Indian journal of veterinary science and animal husbandry - Volume 14,
Year: 1944
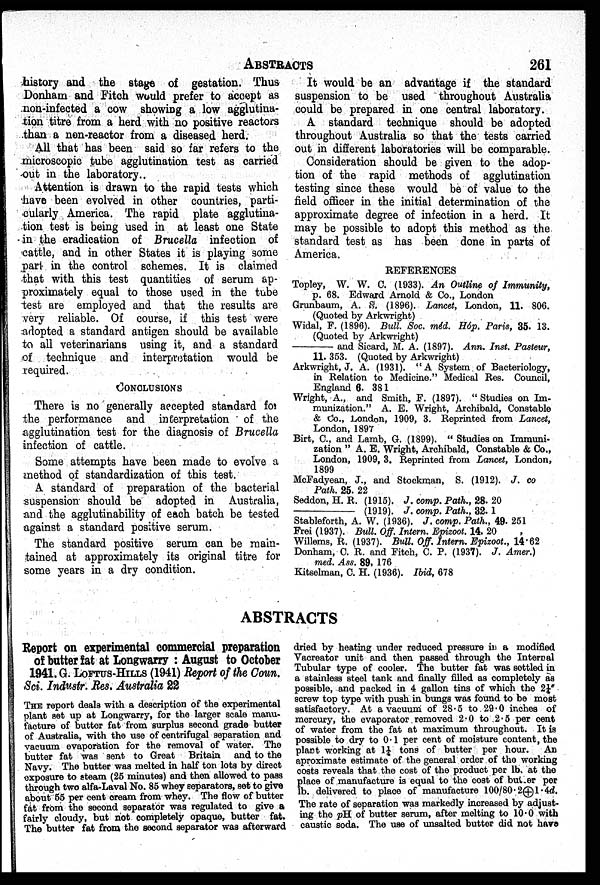
ABSTRACTS
261
history and the stage of gestation. Thus
Donham and Fitch would prefer to accept as
non-infected a cow showing a low agglutina-
tion titre from a herd with no positive reactors
than a non-reactor from a diseased herd.
All that has been said so far refers to the
microscopic tube agglutination test as carried
out in the laboratory.
Attention is drawn to the rapid tests which
have been evolved in other countries, parti-
cularly America. The rapid plate agglutina-
tion test is being used in at least one State
in the eradication of Brucella infection of
cattle, and in other States it is playing some
part in the control schemes. It is claimed
that with this test quantities of serum ap-
proximately equal to those used in the tube
test are employed and that the results are
very reliable. Of course, if this test were
adopted a standard antigen should be available
to all veterinarians using it, and a standard
of technique and interpretation would be
required.
CONCLUSIONS
There is no generally accepted standard for
the performance and interpretation of the
agglutination test for the diagnosis of Brucella
infection of cattle.
Some attempts have been made to evolve a
method of standardization of this test.
A standard of preparation of the bacterial
suspension should be adopted in Australia,
and the agglutinability of each batch be tested
against a standard positive serum.
The standard positive serum can be main-
tained at approximately its original titre for
some years in a dry condition.
It would be an advantage if the standard
suspension to be used throughout Australia
could be prepared in one central laboratory.
A standard technique should be adopted
throughout Australia so that the tests carried
out in different laboratories will be comparable.
Consideration should be given to the adop-
tion of the rapid methods of agglutination
testing since these would be of value to the
field officer in the initial determination of the
approximate degree of infection in a herd. It
may be possible to adopt this method as the
standard test as has been done in parts of
America.
REFERENCES
Topley, W. W. C. (1933). An Outline of Immunity,
p. 68. Edward Arnold & Co., London
Grunbaum, A. S. (1896). Lancet, London, 11. 806.
(Quoted by Arkwright)
Widal, F. (1896). Bull. Soc. méd. Hóp. Paris, 35. 13.
(Quoted by Arkwright)
—and
Sicard, M. A. (1897). Ann. Inst. Pasteur,
11. 353. (Quoted by Arkwright)
Arkwright, J. A. (1931). "A System of Bacteriology,
in Relation to Medicine." Medical Res. Council,
England 6. 381
Wright, A., and Smith, F. (1897). " Studies on Im-
munization." A. E. Wright, Archibald, Constable
& Co., London, 1909, 3. Reprinted from Lancet,
London, 1897
Birt, C., and Lamb, G. (1899). " Studies on Immuni-
zation " A. E. Wright, Archibald, Constable & Co.,
London, 1909, 3. Reprinted from Lancet, London,
1899
McFadyean, J., and Stockman, S. (1912). J. co
Path. 25. 22
Seddon, H. R. (1915). J. comp. Path., 28. 20
—
(1919). J. comp. Path., 32. 1
Stableforth, A. W. (1936). J. comp. Path., 49. 251
Frei (1937). Bull. Off. Intern. Epizoot. 14. 20
Willems, R. (1937). Bull. Off. Intern. Epizoot., 14.62
Donham, C. R. and Fitch, C. P. (1937). J. Amer.)
med. Ass. 89, 176
Kitselman, C. H. (1936). Ibid, 678
ABSTRACTS
Report on experimental commercial preparation
of butter fat at Longwarry : August to October
1941. G. LOFTUS-HILLS (1941) Report of the Coun.
Sci. Industr. Res. Australia 22
THE report deals with a description of the experimental
plant set up at Longwarry, for the larger scale manu-
facture of butter fat from surplus second grade butter
of Australia, with the use of centrifugal separation and
vacuum evaporation for the removal of water. The
butter fat was sent to Great Britain and to the
Navy. The butter was melted in half ton lots by direct
exposure to steam (25 minutes) and then allowed to pass
through two alfa-Laval No. 85 whey separators, set to give
about 55 per cent cream from whey. The flow of butter
fat from the second separator was regulated to give a
fairly cloudy, but not completely opaque, butter fat.
The butter fat from the second separator was afterward
dried by heating under reduced pressure in a modified
Vacreator unit and then passed through the Internal
Tubular type of cooler. The butter fat was settled in
a stainless steel tank and finally filled as completely as
possible, and packed in 4 gallon tins of which the 2¼"
screw top type with push in bungs was found to be most
satisfactory. At a vacuum of 28.5 to 29.0 inches of
mercury, the evaporator removed 2.0 to 2.5 per cent
of water from the fat at maximum throughout. It is
possible to dry to 0.1 per cent of moisture content, the
plant working at 1¼ tons of butter per hour. An
aproximate estimate of the general order of the working
costs reveals that the cost of the product per lb. at the
place of manufacture is equal to the cost of butter per
lb. delivered to place of manufacture 100/80.2 1.4d.
The rate of separation was markedly increased by adjust-
ing the pH of butter serum, after melting to 10.0 with
caustic soda. The use of unsalted butter did not have